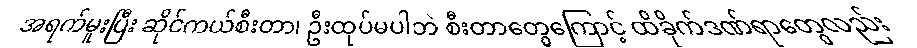
အရက်မူးပြီး ဆိုင်ကယ်စီးတာ၊ ဦးထုပ်မပါဘဲ စီးတာတွေကြောင့် ထိခိုက်ဒဏ်ရာတွေလည်း